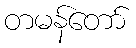
တမန်တော်